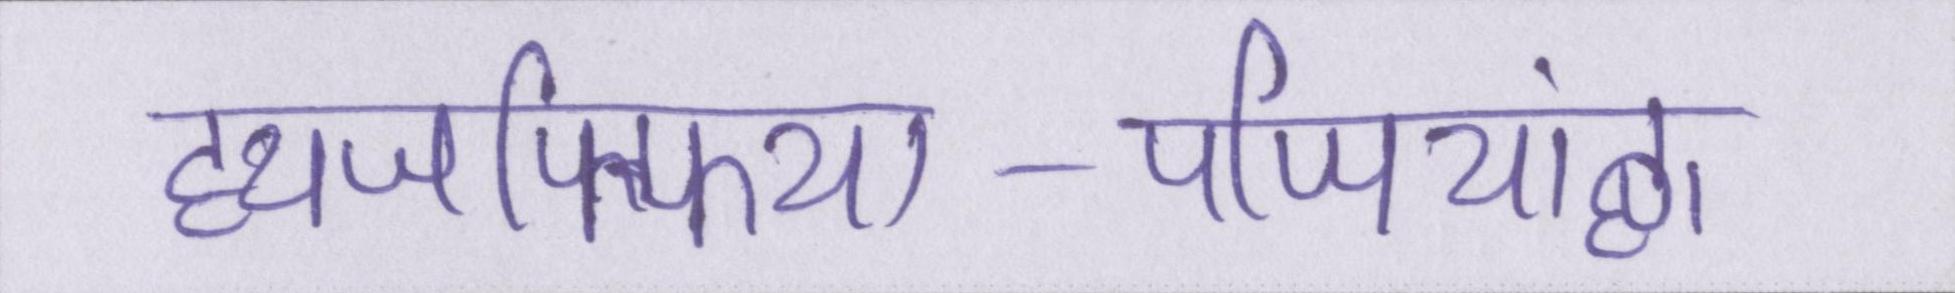
ह्यजफ्फिया-पप्पियांह्ण